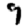
Digit: 9